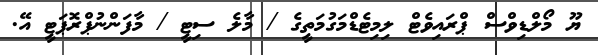
ޔޫ މޯލްޑިވްސް ޕްރައިވެޓް ލިމިޓެޑްމަގުމަތީގެ / މާލެ ސިޓީ / މާފަންނުޕްރޮޕަޓީ އޭ.